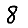
Digit: 8